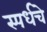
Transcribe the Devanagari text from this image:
स्पर्धचे